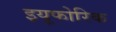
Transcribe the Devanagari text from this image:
इयूफोरिक